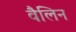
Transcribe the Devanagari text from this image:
वैलिन